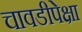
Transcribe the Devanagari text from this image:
चावडीपेक्षा